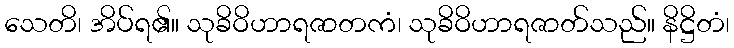
သေတိ၊ အိပ်ရ၏။ သုခိဝိဟာရဇာတကံ၊ သုခိဝိဟာရဇာတ်သည်။ နိဋ္ဌိတံ၊